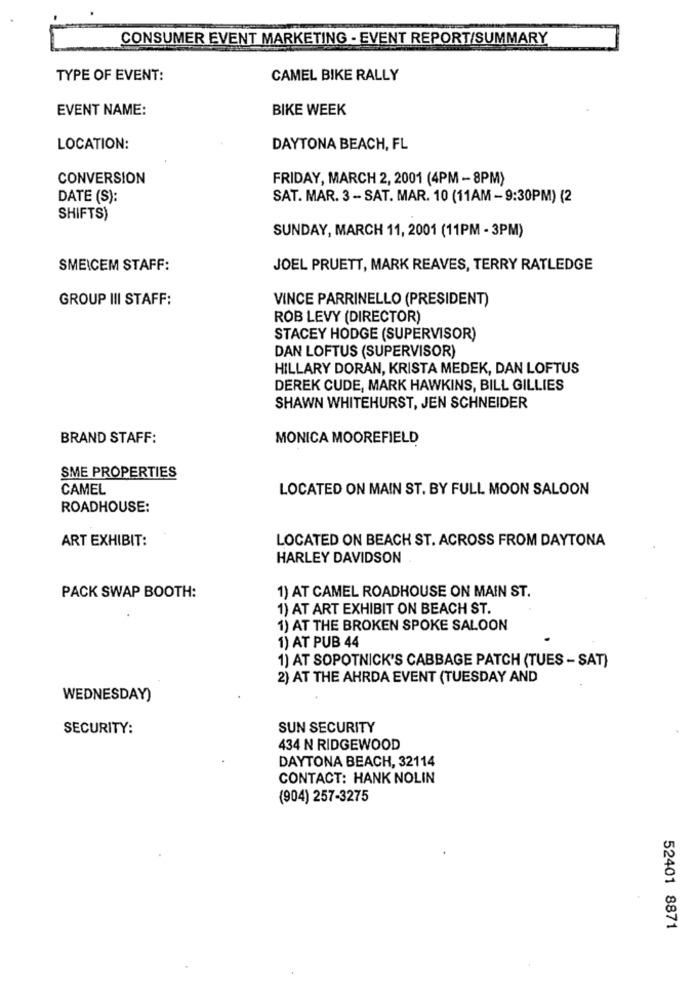
CONSUMER EVENT MARKETING - EVENT REPORT/SUMMARY
TYPE OF EVENT:
CAMEL BIKE RALLY
EVENT NAME:
BIKE WEEK
LOCATION:
DAYTONA BEACH, FL
CONVERSION
FRIDAY, MARCH 2, 2001 (4PM - 8PM)
DATE (S):
SAT. MAR. 3 - SAT. MAR. 10 (11AM - 9:30PM) (2
SHIFTS)
SUNDAY, MARCH 11, 2001 (11PM - 3PM)
SMEICEM STAFF:
JOEL PRUETT, MARK REAVES, TERRY RATLEDGE
GROUP III STAFF:
VINCE PARRINELLO (PRESIDENT)
ROB LEVY (DIRECTOR)
STACEY HODGE (SUPERVISOR)
DAN LOFTUS (SUPERVISOR)
HILLARY DORAN, KRISTA MEDEK, DAN LOFTUS
DEREK CUDE, MARK HAWKINS, BILL GILLIES
SHAWN WHITEHURST, JEN SCHNEIDER
BRAND STAFF:
MONICA MOOREFIELD
SME PROPERTIES
CAMEL
LOCATED ON MAIN ST. BY FULL MOON SALOON
ROADHOUSE:
ART EXHIBIT:
LOCATED ON BEACH ST. ACROSS FROM DAYTONA
HARLEY DAVIDSON
1) AT CAMEL ROADHOUSE ON MAIN ST.
PACK SWAP BOOTH:
1) AT ART EXHIBIT ON BEACH ST.
1) AT THE BROKEN SPOKE SALOON
1) AT PUB 44
1) AT SOPOTNICK'S CABBAGE PATCH (TUES - SAT)
2) AT THE AHRDA EVENT (TUESDAY AND
WEDNESDAY)
SECURITY:
SUN SECURITY
434 N RIDGEWOOD
DAYTONA BEACH, 32114
CONTACT: HANK NOLIN
(904) 257-3275
52401 8871